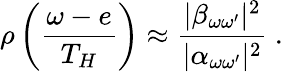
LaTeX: \rho\left(\frac{\omega-e}{T_{H}}\right)\approx{\frac{|\beta_{\omega\omega^{\prime}}|^{2}}{|\alpha_{\omega\omega^{\prime}}|^{2}}}~.